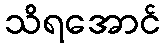
သိရအောင်